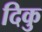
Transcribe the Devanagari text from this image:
दिकु